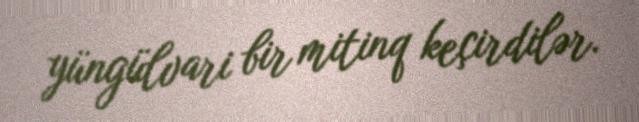
yüngülvari bir mitinq keçirdilər.